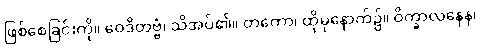
ဖြစ်စေခြင်းကို။ ဝေဒိတဗ္ဗံ၊ သိအပ်၏။ တတော၊ ထိုမှနောက်၌။ ဝိက္ခာလနေန၊